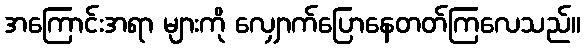
အကြောင်းအရာ များကို လျှောက်ပြောနေတတ်ကြလေသည်။